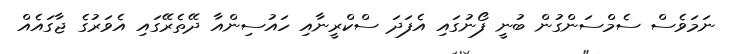
ނަމަވެސް ސެމްސަންގުން ބުނީ ފޯނުގައި އެފަދަ ސްކްރީނާއި ހައުސިންއާ ދޭތެރޭގައި އެވަރުގެ ޖާގައެއް